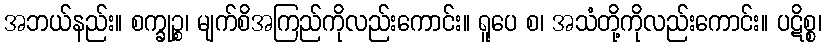
အဘယ်နည်း။ စက္ခုဉ္စ၊ မျက်စိအကြည်ကိုလည်းကောင်း။ ရူပေ စ၊ အသံတို့ကိုလည်းကောင်း။ ပဋိစ္စ၊